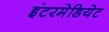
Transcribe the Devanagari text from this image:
इंटरमेडियेट